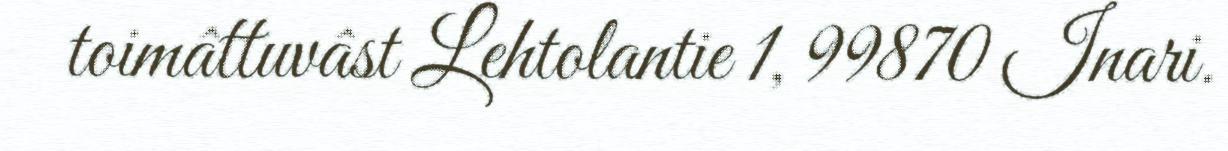
toimâttuvâst Lehtolantie 1, 99870 Inari.